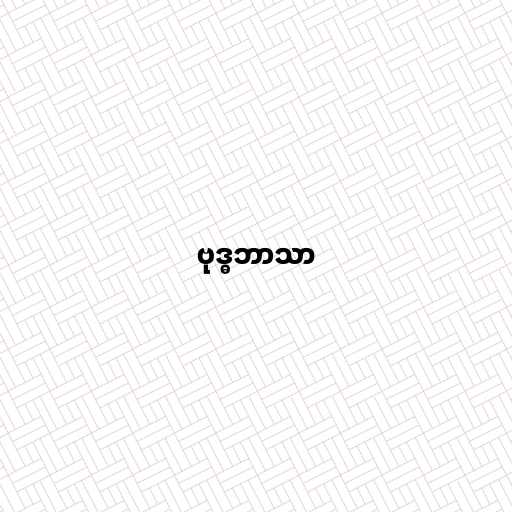
ဗုဒ္ဓဘာသာ